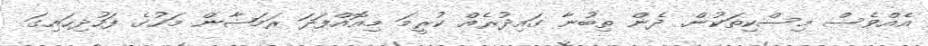
އެއްވެސް މިސްކިތަކުން. ދެން ތިބުނާ ގައިދުރެއް ކުރީމަ މިއޮއްފަދަ ރަމަޟާން މަހުގެ ފަހުދިހައިގަ